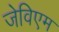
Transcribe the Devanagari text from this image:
जेविएम